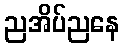
ညအိပ်ညနေ